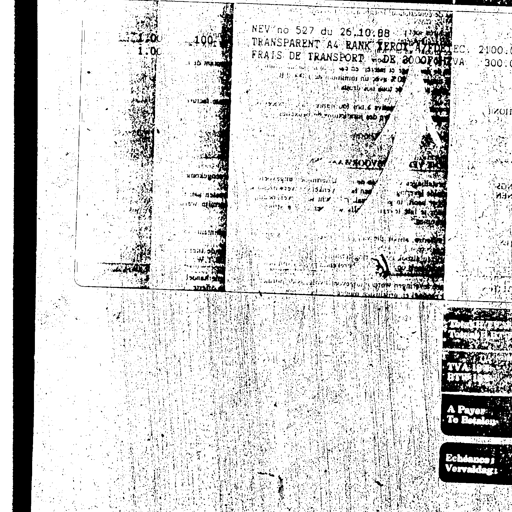
1.00
100
NEV no 527 du 26.10.88
TRANSPARENT A4 RANK XEROX AZEDTEC 2100.0
FRAIS DE TRANSPORT DE 3000F H TVA 300.0
TVA 19%
BTW 19%
A Payer
Te Betalen
Echéance:
Vervaldag: